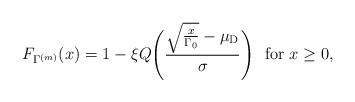
LaTeX: \begin{align*}F_{\Gamma_{}^{(m)}}(x)&=1-\xi Q\Bigg(\frac{\sqrt{\frac{x}{\Gamma_0}}-\mu_{\textrm{D}}}{\sigma_{}}\Bigg) ~~\textrm{for~} x\ge0,\end{align*}